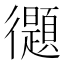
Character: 𢖤